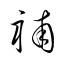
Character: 補